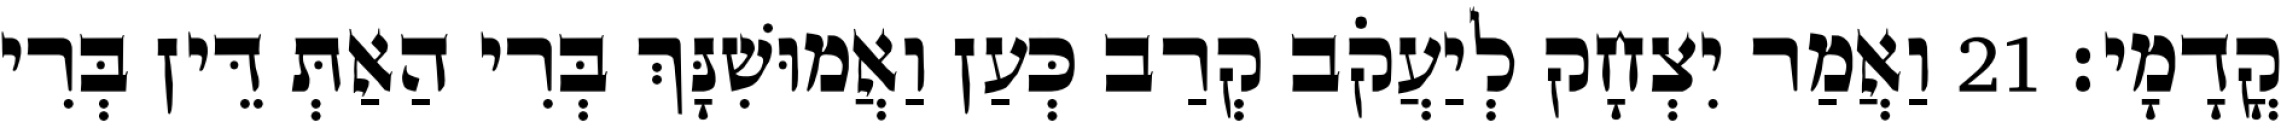
קֳדָמָי׃ 21 וַאֲמַר יִצְחָק לְיַעֲקֹב קְרַב כְּעַן וַאֲמוּשִׁנָּךְ בְּרִי הַאַתְּ דֵּין בְּרִי